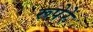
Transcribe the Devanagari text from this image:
रूपेरे